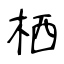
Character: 栖